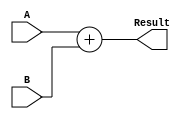
module PC_Adder (A, B, Result);
	input [31:0] A, B; 
	output [31:0] Result;
	assign Result = A + B;
endmodule